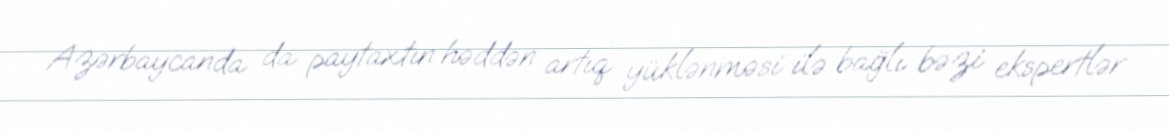
Azərbaycanda da paytaxtın həddən artıq yüklənməsi ilə bağlı bəzi ekspertlər